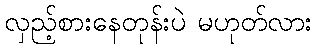
လှည့်စားနေတုန်းပဲ မဟုတ်လား